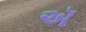
ઍ